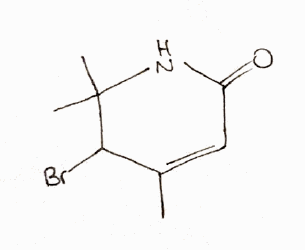
Simplified molecular-input line-entry system (SMILES) notation of the given molecule:
CC1=CC(=O)NC(C1Br)(C)C